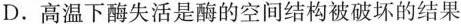
D.高温下酶失活是酶的空间结构被破坏的结果